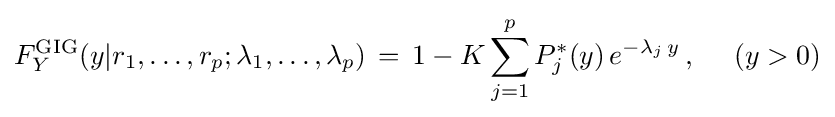
F_{Y}^{\text{GIG}}(y|r_{1},\dots ,r_{p};\lambda _{1},\dots ,\lambda _{p})\,=\,1-K\sum _{j=1}^{p}P_{j}^{*}(y)\,e^{-\lambda _{j}\,y}\,,~~~~(y>0)